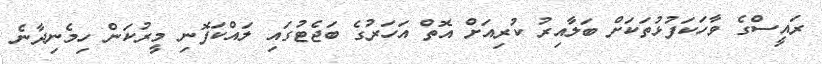
ރައީސްގެ ވާހަކަފުޅުތަކަށް ބަލާއިރު ކުރިއަށް އޮތް އަހަރުގެ ބަޖެޓުގައި ލައްކަފޮނި މީރުކަން ހިމެނިދާނެ